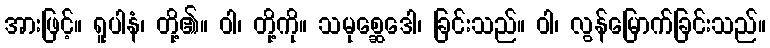
အားဖြင့်။ ရူပါနံ၊ တို့၏။ ဝါ၊ တို့ကို။ သမုစ္ဆေဒေါ၊ ခြင်းသည်။ ဝါ၊ လွန်မြောက်ခြင်းသည်။